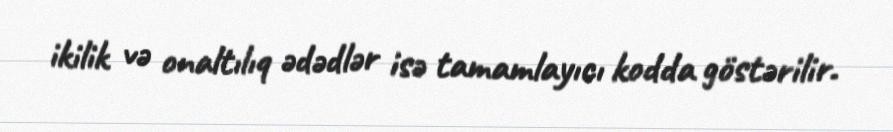
ikilik və onaltılıq ədədlər isə tamamlayıcı kodda göstərilir.